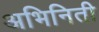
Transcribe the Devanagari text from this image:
अभिनिती